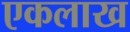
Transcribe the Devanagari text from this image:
एकलाख